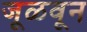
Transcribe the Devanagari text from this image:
जूळवून